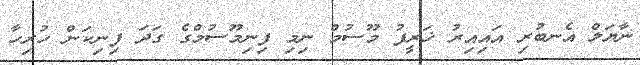
ނާޔަލް އެނބުރި އައިއިރު ޚަރީފު މޫސުމް ނިމި ފިނިމޫސުމްގެ ގަދަ ފިނިކަން ހުރިހާ